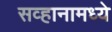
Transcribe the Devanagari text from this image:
सव्हानामध्ये